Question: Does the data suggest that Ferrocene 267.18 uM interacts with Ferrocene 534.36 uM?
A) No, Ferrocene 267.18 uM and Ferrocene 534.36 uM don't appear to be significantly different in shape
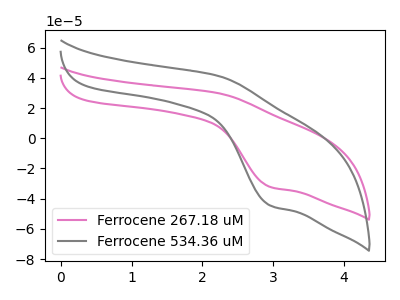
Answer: <think>The pink curve "Ferrocene 267.18 uM" has an anodic peak at (2.25V, 29.85uA) and a cathodic peak at (2.95V, -32.20uA). The gray curve "Ferrocene 534.36 uM" has an anodic peak at (2.25V, 41.30uA) and a cathodic peak at (2.95V, -44.50uA).
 All the peaks in "Ferrocene 267.18 uM" have a peak in "Ferrocene 534.36 uM" at the same potential. Every peak in "Ferrocene 267.18 uM" is lower than every peak in "Ferrocene 534.36 uM".</think>
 <answer>A) No, "Ferrocene 267.18 uM" and "Ferrocene 534.36 uM" don't appear to be significantly different in shape</answer>
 <eval>A</eval>